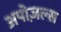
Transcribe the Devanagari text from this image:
अपोज़ल्स